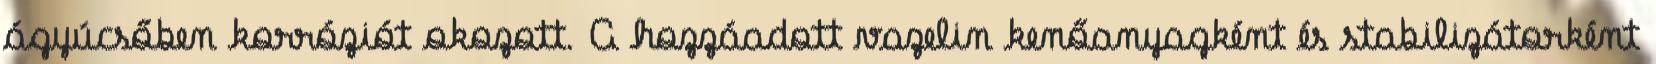
ágyúcsőben korróziót okozott. A hozzáadott vazelin kenőanyagként és stabilizátorként